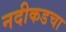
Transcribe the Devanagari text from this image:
नदीकडचा